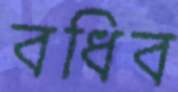
বধিব